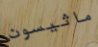
ماثيسون